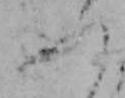
ふ